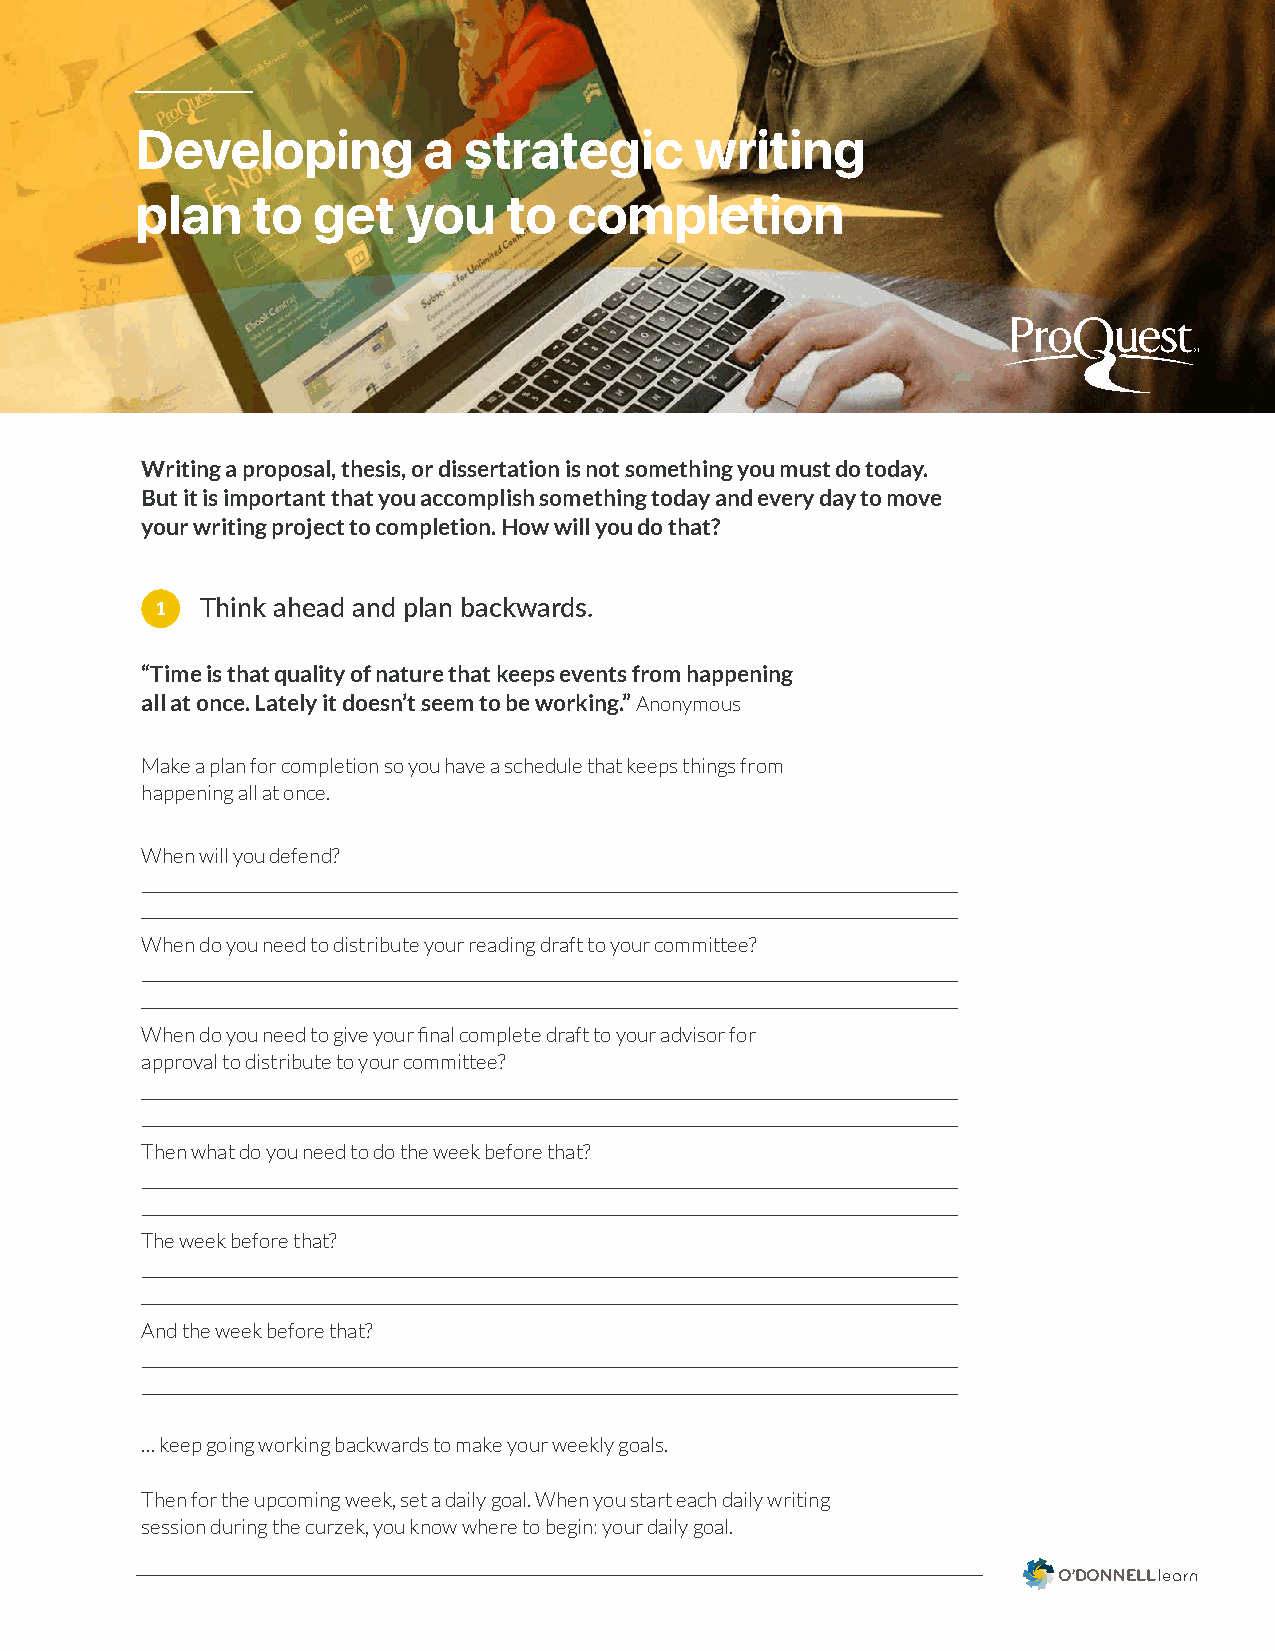
Developing         a  strategic      writing
 plan    to  get   you    to  completion
 Writing a proposal, thesis, or dissertation is not something you must do today.
 But it is important that you accomplish something today and every day to move
 your writing project to completion. How will you do that?
 1  Think ahead and plan backwards.
 “Time is that quality of nature that keeps events from happening
 all at once. Lately it doesn’t seem to be working.” Anonymous
 Make a plan for completion so you have a schedule that keeps things from
 happening all at once.
 When will you defend?
 When do you need to distribute your reading draft to your committee?
 When do you need to give your final complete draft to your advisor for
 approval to distribute to your committee?
 Then what do you need to do the week before that?
 The week before that?
 And the week before that?
 … keep going working backwards to make your weekly goals.
 Then for the upcoming week, set a daily goal. When you start each daily writing
 session during the curzek, you know where to begin: your daily goal.
 O’DONNELLlearn